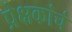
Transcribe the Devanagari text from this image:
प्रेक्षकांचं